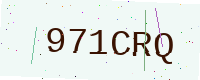
Text: 971CRQ